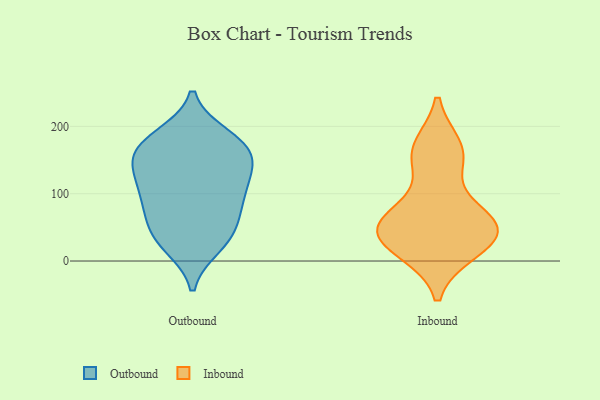
{"axis": {"x": "Demand Index", "y": "Value"}, "legend": ["Inbound", "Outbound"], "data": [{"x": "", "y": 50, "type": "Outbound"}, {"x": "", "y": 150, "type": "Outbound"}, {"x": "", "y": 103, "type": "Outbound"}, {"x": "", "y": 176, "type": "Outbound"}, {"x": "", "y": 104, "type": "Outbound"}, {"x": "", "y": 126, "type": "Outbound"}, {"x": "", "y": 27, "type": "Outbound"}, {"x": "", "y": 186, "type": "Outbound"}, {"x": "", "y": 63, "type": "Outbound"}, {"x": "", "y": 134, "type": "Outbound"}, {"x": "", "y": 163, "type": "Outbound"}, {"x": "", "y": 22, "type": "Outbound"}, {"x": "", "y": 83, "type": "Outbound"}, {"x": "", "y": 141, "type": "Outbound"}, {"x": "", "y": 182, "type": "Outbound"}, {"x": "", "y": 86, "type": "Outbound"}, {"x": "", "y": 35, "type": "Outbound"}, {"x": "", "y": 165, "type": "Outbound"}, {"x": "", "y": 18, "type": "Inbound"}, {"x": "", "y": 168, "type": "Inbound"}, {"x": "", "y": 61, "type": "Inbound"}, {"x": "", "y": 44, "type": "Inbound"}, {"x": "", "y": 152, "type": "Inbound"}, {"x": "", "y": 72, "type": "Inbound"}, {"x": "", "y": 16, "type": "Inbound"}, {"x": "", "y": 49, "type": "Inbound"}, {"x": "", "y": 161, "type": "Inbound"}, {"x": "", "y": 44, "type": "Inbound"}, {"x": "", "y": 47, "type": "Inbound"}]}